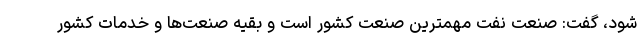
شود، گفت: صنعت نفت مهمترین صنعت کشور است و بقیه صنعت‌ها و خدمات کشور